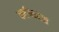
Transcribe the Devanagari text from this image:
कर्त्तव्यदक्ष